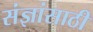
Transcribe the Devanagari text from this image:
संज्ञांसाठी